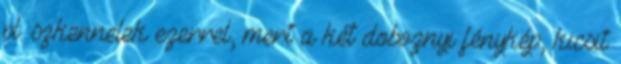
pl. szkennelek ezerrel, mert a két doboznyi fénykép, kicsit